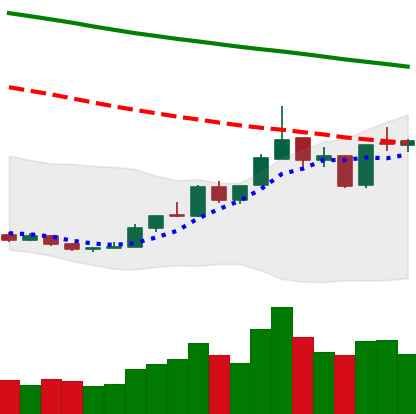
Ticker: ETH-USD
Chart end date: 2018-12-30
Forward return: 10.527%
Label: up_7plus